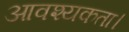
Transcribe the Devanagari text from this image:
आवश्‍यकता।